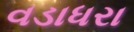
વડાધરા